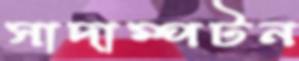
সাদাম্পটন